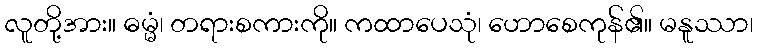
လူတို့အား။ ဓမ္မံ၊ တရားစကားကို။ ကထာပေသုံ၊ ဟောစေကုန်၏။ မနူဿာ၊